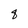
Character: q